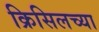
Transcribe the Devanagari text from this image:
क्रिसिलच्या